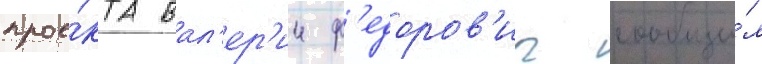
прое́кта вал'ер'ии ф'едоров'ич сообщи́л